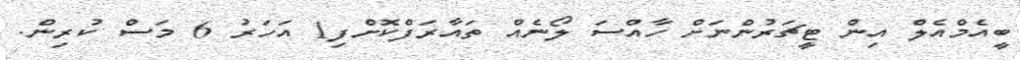
ބީއެމްއެލް އިން ޓީޗަރުންނަށް ހާއްސަ ލޯނެއް ތައާރަފްކޮށްފި1 އަހަރު 6 މަސް ކުރިން.